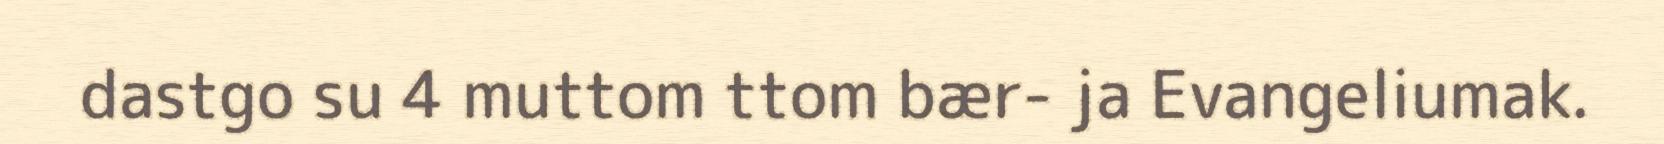
dastgo su 4 muttom ttom bær- ja Evangeliumak.